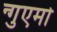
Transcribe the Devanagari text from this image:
न्गुएमो